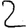
Digit: 2